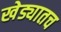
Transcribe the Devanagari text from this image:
खेड्यातच